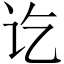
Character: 讫